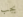
يجب